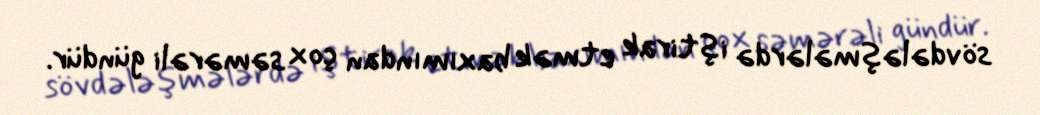
sövdələşmələrdə iştirak etmək baxımından çox səmərəli gündür.